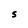
Character: S